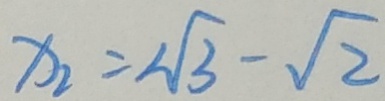
x _ { 2 } = \sqrt { 3 } - \sqrt { 2 }